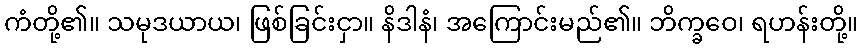
ကံတို့၏။ သမုဒယာယ၊ ဖြစ်ခြင်းငှာ။ နိဒါနံ၊ အကြောင်းမည်၏။ ဘိက္ခဝေ၊ ရဟန်းတို့။